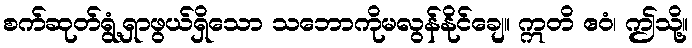
စက်ဆုတ်ရွံ့ရှာဖွယ်ရှိသော သဘောကိုမလွန်နိုင်ချေ။ ဣတိ ဧဝံ၊ ဤသို့။